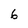
Character: 6